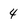
Character: 4